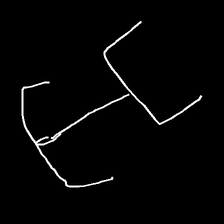
Glyph: entwine